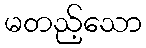
မတည့်သော